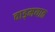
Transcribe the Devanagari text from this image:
वाड्मयात